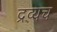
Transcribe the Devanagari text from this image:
द्रव्यच